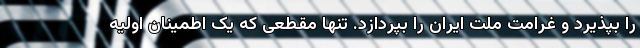
را بپذیرد و غرامت ملت ایران را بپردازد. تنها مقطعی که یک اطمینان اولیه